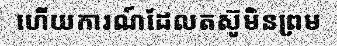
ហើយការណ៍ដែលតស៊ូមិនព្រម